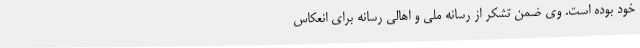
خود بوده است. وی ضمن تشکر از رسانه ملی و اهالی رسانه برای انعکاس